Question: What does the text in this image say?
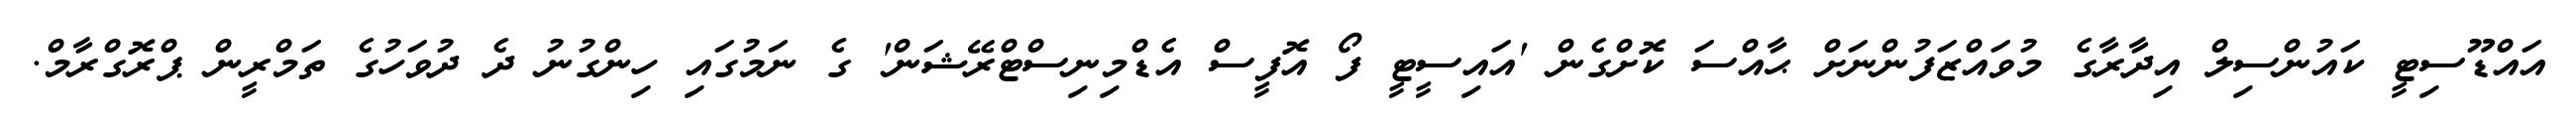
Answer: އައްޑޫސިޓީ ކައުންސިލް އިދާރާގެ މުވައްޒަފުންނަށް ޙާއްސަ ކޮށްގެން 'އައިސީޓީ ފޯ އޮފީސް އެޑްމިނިސްޓްރޭޝަން' ގެ ނަމުގައި ހިންގުނު ދެ ދުވަހުގެ ތަމްރީން ޕްރޮގްރާމް.